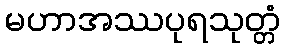
မဟာအဿပုရသုတ္တံ